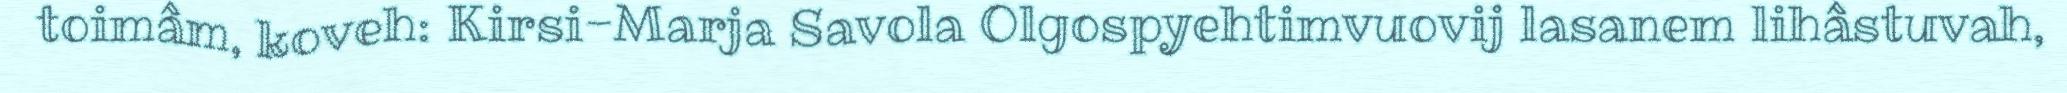
toimâm, koveh: Kirsi-Marja Savola Olgospyehtimvuovij lasanem lihâstuvah,